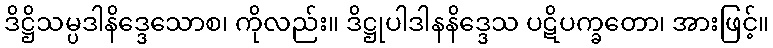
ဒိဋ္ဌိသမ္ပဒါနိဒ္ဒေသောစ၊ ကိုလည်း။ ဒိဋ္ဌုပါဒါနနိဒ္ဒေသ ပဋိပက္ခတော၊ အားဖြင့်။